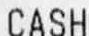
CASH